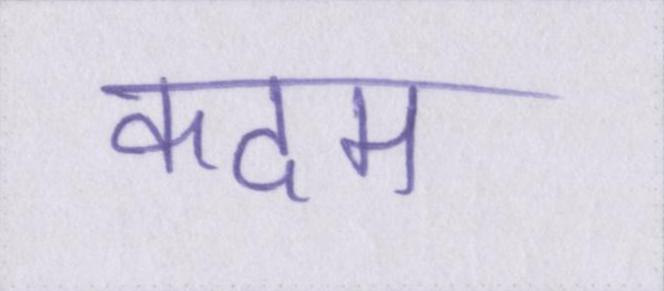
कदम